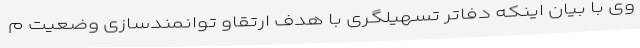
وی با بیان اینکه دفاتر تسهیلگری با هدف ارتقاو توانمندسازی وضعیت م